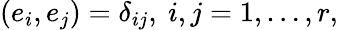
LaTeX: (e_{i},e_{j})=\delta_{ij},\ i,j=1,\ldots,r,